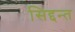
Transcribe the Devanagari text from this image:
सिद्दन्त